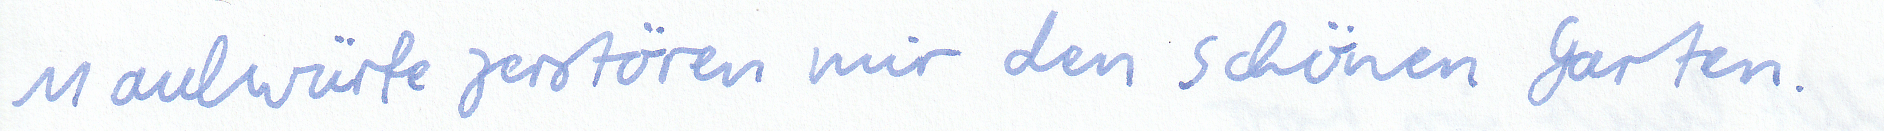
Maulwürfe zerstören mir den schönen Garten.